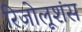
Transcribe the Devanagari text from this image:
रिजोलूशंस